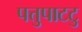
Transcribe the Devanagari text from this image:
पत्तुपाटटु